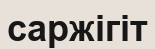
саржігіт